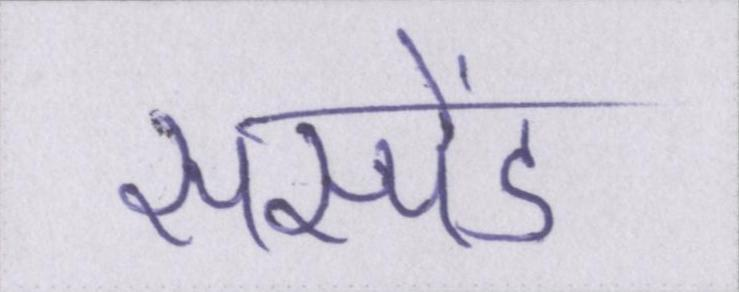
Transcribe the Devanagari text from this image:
सस्पेंड